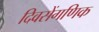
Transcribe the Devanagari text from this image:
दिवसेंगणिक